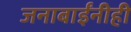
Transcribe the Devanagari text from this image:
जनाबाईंनीही